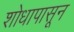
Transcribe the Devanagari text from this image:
शोधापासून